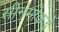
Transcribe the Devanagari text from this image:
सीनेमाकडे